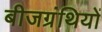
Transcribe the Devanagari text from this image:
बीजग्रंथियों